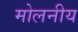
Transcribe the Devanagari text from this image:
मोलनीय